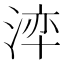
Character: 𭰺